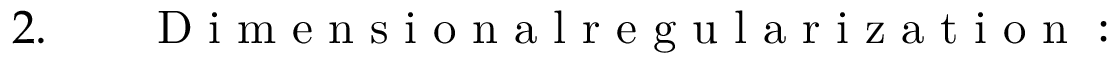
\begin{array} { r l r } { 2 . } & { { } } & { \mathrm { ~ D ~ i ~ m ~ e ~ n ~ s ~ i ~ o ~ n ~ a ~ l ~ r ~ e ~ g ~ u ~ l ~ a ~ r ~ i ~ z ~ a ~ t ~ i ~ o ~ n ~ : ~ } } \end{array}